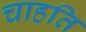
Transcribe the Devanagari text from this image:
चाहति